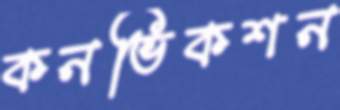
কনভিকশন